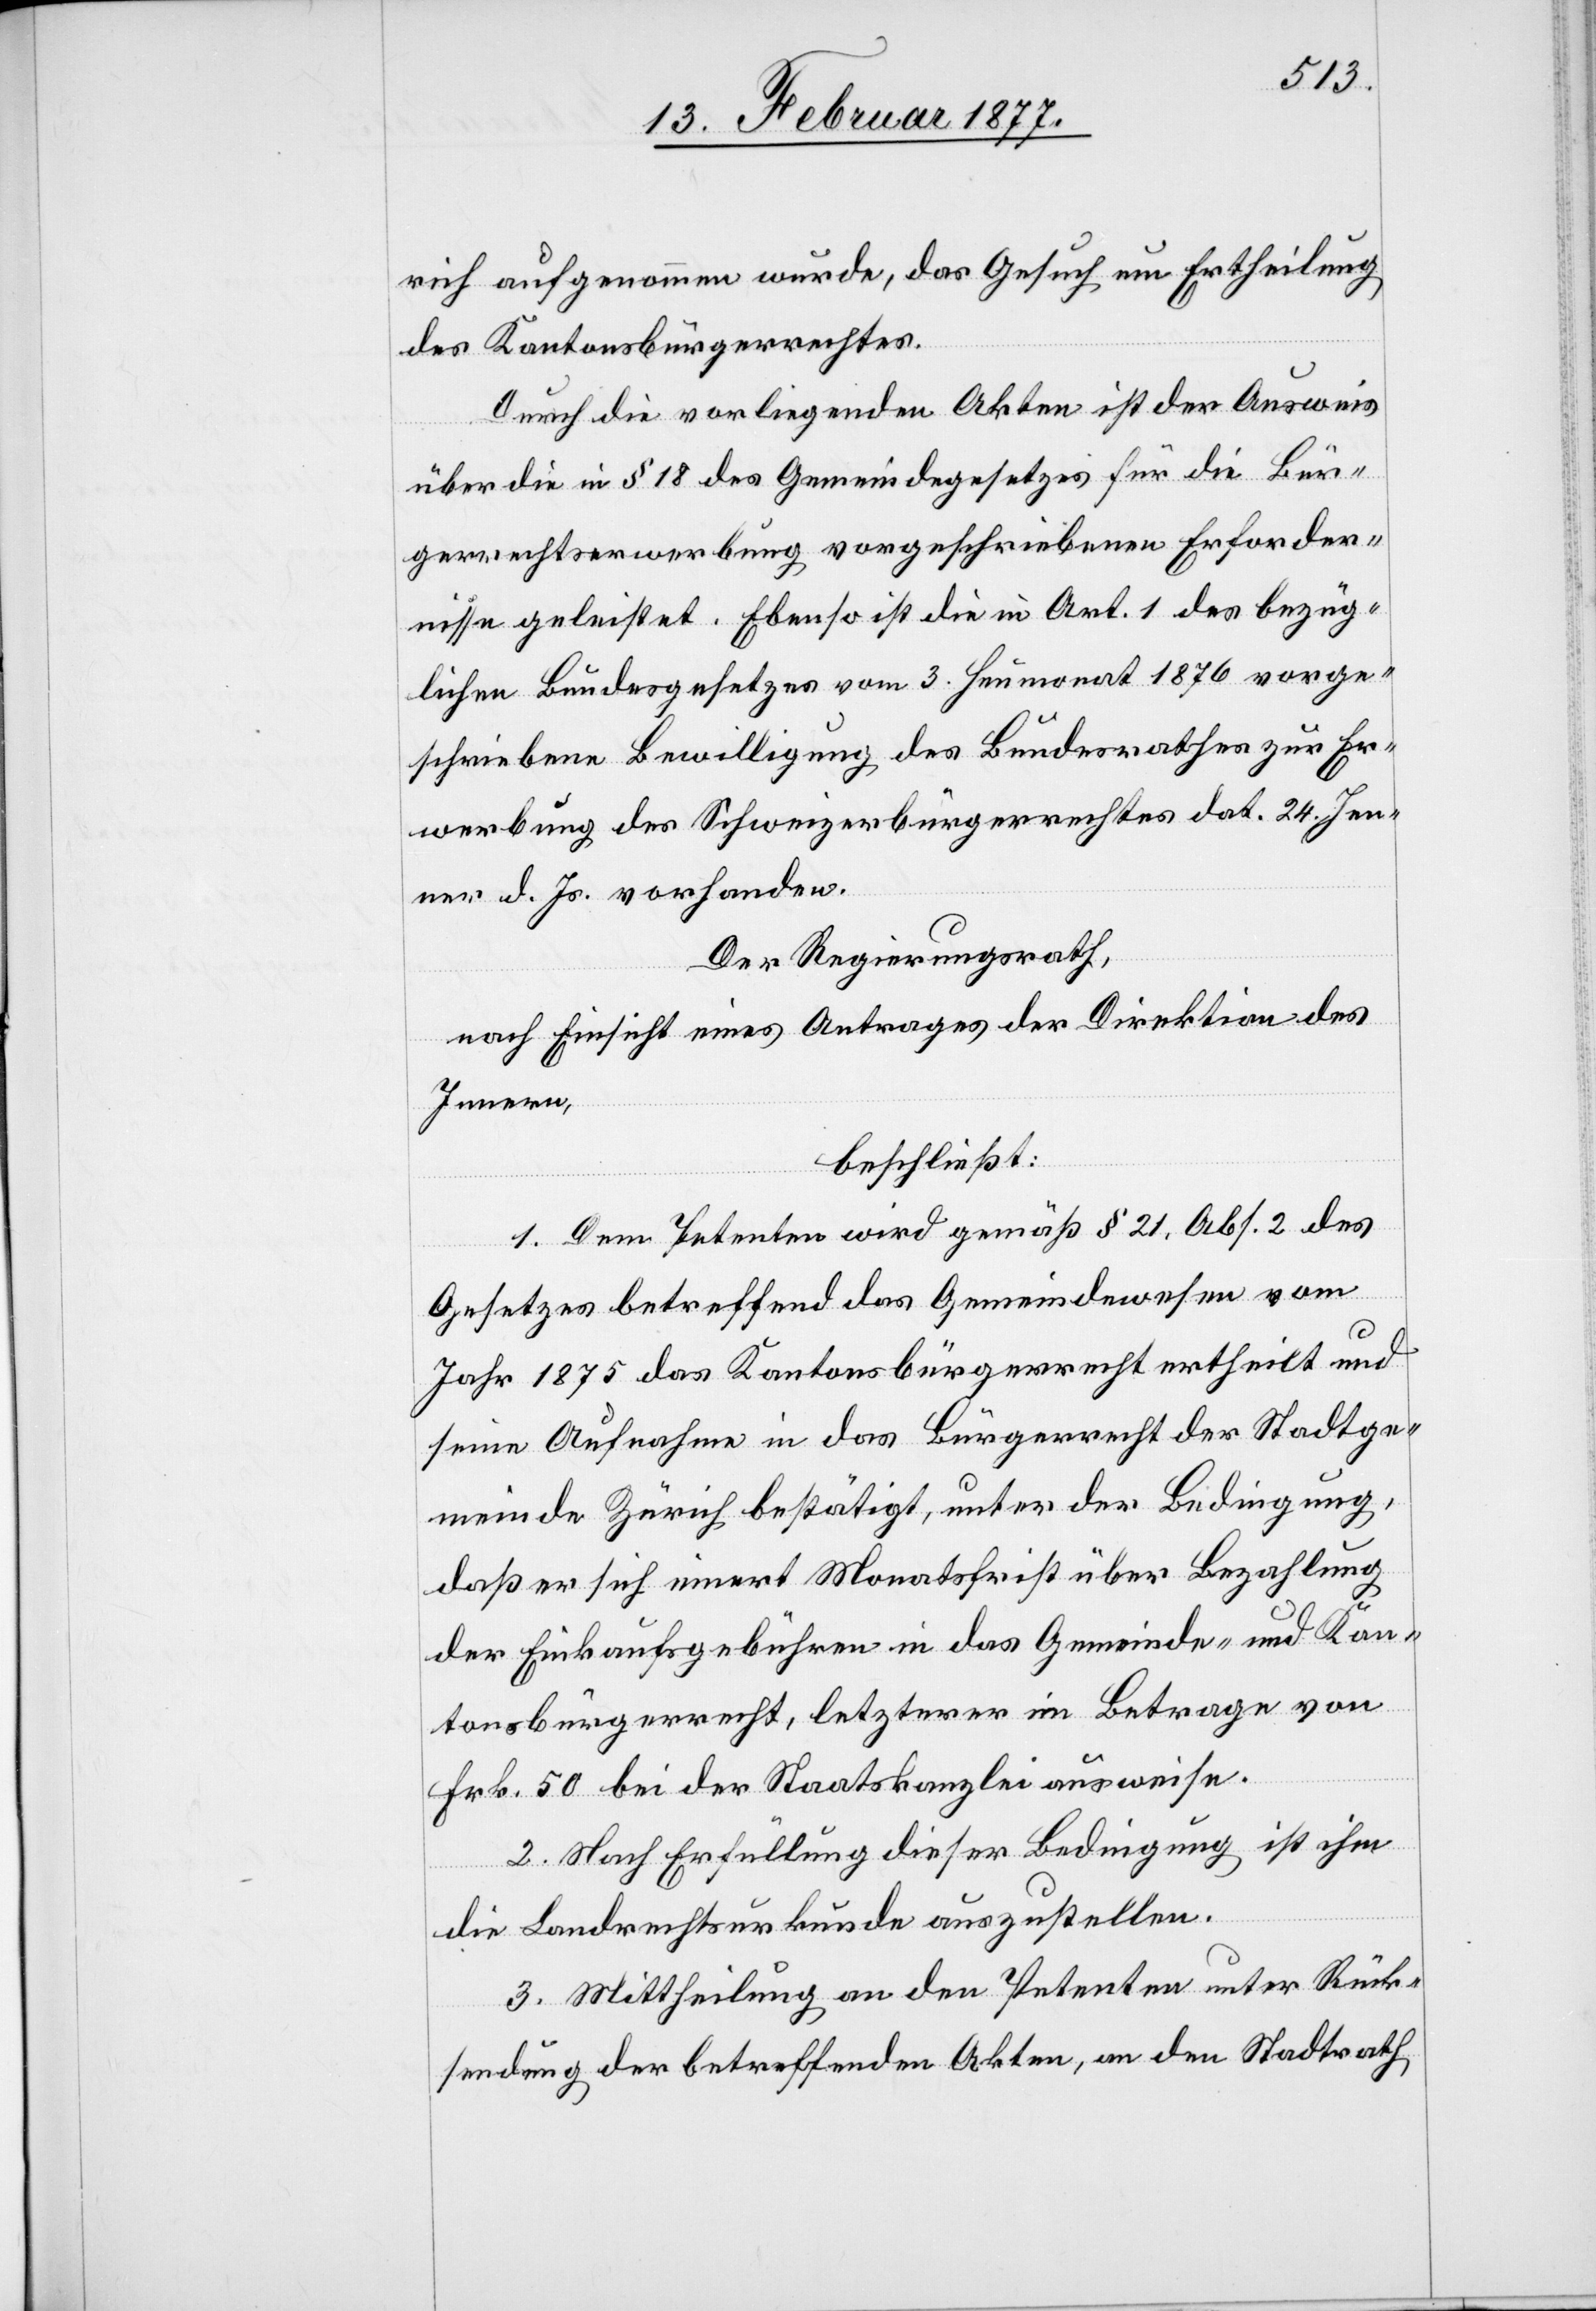
rich aufgenommen wurde, das Gesuch um Ertheilung
des Kantonsbürgerrechtes.
Durch die vorliegenden Akten ist der Ausweis
über die in § 18 des Gemeindegesetzes für die Bür¬
gerrechtserwerbung vorgeschriebenen Erforder¬
nisse geleistet. Ebenso ist die in Art. 1 des bezüg¬
lichen Bundesgesetzes vom 3. Heumonat 1876 vorge¬
schriebene Bewilligung des Bundesrathes zur Er¬
werbung des Schweizerbürgerrechtes dat. 24. Jen¬
ner d. Js. vorhanden.
Der Regierungsrath,
nach Einsicht eines Antrages der Direktion des
Innern,
beschließt:
1. Dem Petenten wird gemäß § 21, Abs. 2 des
Gesetzes betreffend das Gemeindewesen vom
Jahr 1875 das Kantonsbürgerrecht ertheilt und
seine Aufnahme in das Bürgerrecht der Stadtge¬
meinde Zürich bestätigt, unter der Bedingung,
daß er sich innert Monatsfrist über Bezahlung
der Einkaufsgebühren in das Gemeinde- und Kan¬
tonsbürgerrecht, letzterer im Betrage von
Frk. 50 bei der Staatskanzlei ausweise.
2. Nach Erfüllung dieser Bedingung ist ihm
die Landrechtsurkunde auszustellen.
3. Mittheilung an den Petenten unter Rück¬
sendung der betreffenden Akten, an den Stadtrath